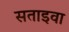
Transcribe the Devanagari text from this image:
सताइवा